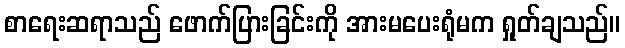
စာရေးဆရာသည် ဖောက်ပြားခြင်းကို အားမပေးရုံမက ရှုတ်ချသည်။